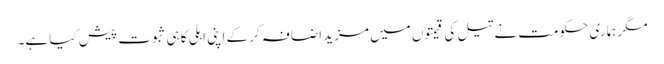
مگر ہماری حکومت نے تیل کی قیمتوں میں مزید اضافہ کر کے اپنی اہلی کا ہی ثبوت پیش کیا ہے۔